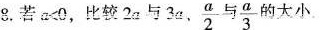
8.若a<0，比较2a与3a，\frac{a}{2}与 \frac{a}{3}的大小